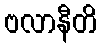
ဗလာနီတိ